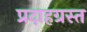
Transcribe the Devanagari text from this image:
प्रदाहग्रस्त